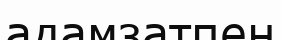
адамзатпен